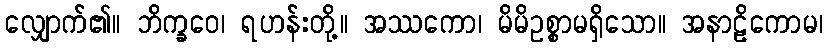
လျှောက်၏။ ဘိက္ခဝေ၊ ရဟန်းတို့။ အဿကော၊ မိမိဥစ္စာမရှိသော။ အနာဠိကောမ၊